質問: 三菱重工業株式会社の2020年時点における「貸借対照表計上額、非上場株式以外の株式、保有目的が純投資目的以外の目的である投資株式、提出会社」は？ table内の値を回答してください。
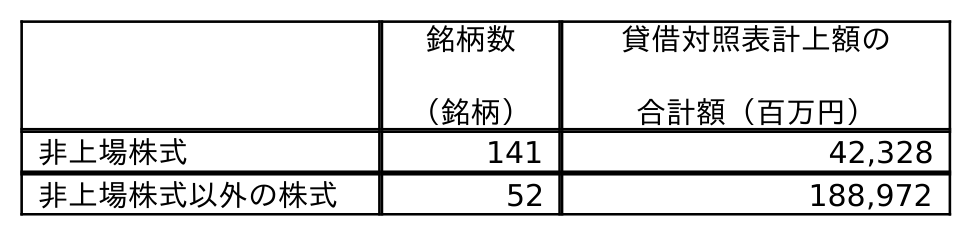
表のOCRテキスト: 銘柄数 （銘柄） 貸借対照表計上額の 合計額（百万円） 非上場株式 141 42,328 非上場株式以外の株式 52 188,972
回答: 188,972